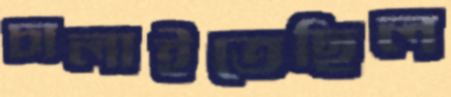
চালাইতেছিল